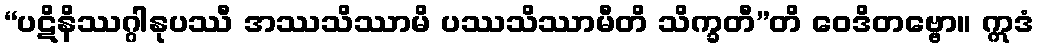
“ပဋိနိဿဂ္ဂါနုပဿီ အဿသိဿာမိ ပဿသိဿာမီတိ သိက္ခတီ”တိ ဝေဒိတဗ္ဗော။ ဣဒံ